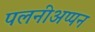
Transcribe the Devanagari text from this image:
पलनीअप्पन